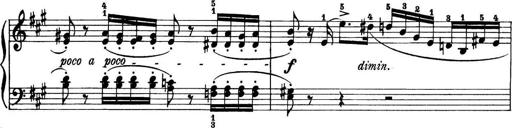
Title: 11 Sonatinas
Composer: Anton Diabelli